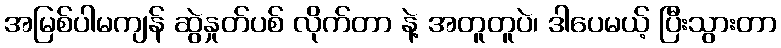
အမြစ်ပါမကျန် ဆွဲနှုတ်ပစ် လိုက်တာ နဲ့ အတူတူပဲ၊ ဒါပေမယ့် ပြီးသွားတာ